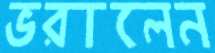
ভরালেন